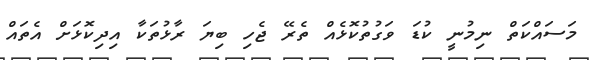
މަސައްކަތް ނިމުނީ ކުޑަ ވަގުތުކޮޅެއް ތެރޭ ޖެހި ބިޔަ ރާޅުތަކާ އިދިކޮޅަށް އެތައް